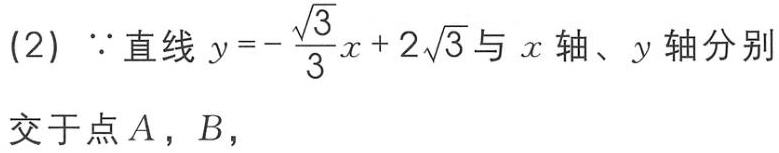
(2) $\because$ 直线 $y = - \frac{\sqrt{3}}{3}x + 2\sqrt{3}$ 与 $x$ 轴、$y$ 轴分别
交于点 $A$，$B$，